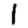
Digit: 1